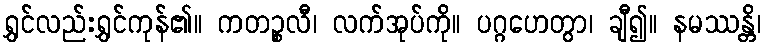
ရွှင်လည်းရွှင်ကုန်၏။ ကတဉ္စလီ၊ လက်အုပ်ကို။ ပဂ္ဂဟေတွာ၊ ချီ၍။ နမဿန္တိ၊